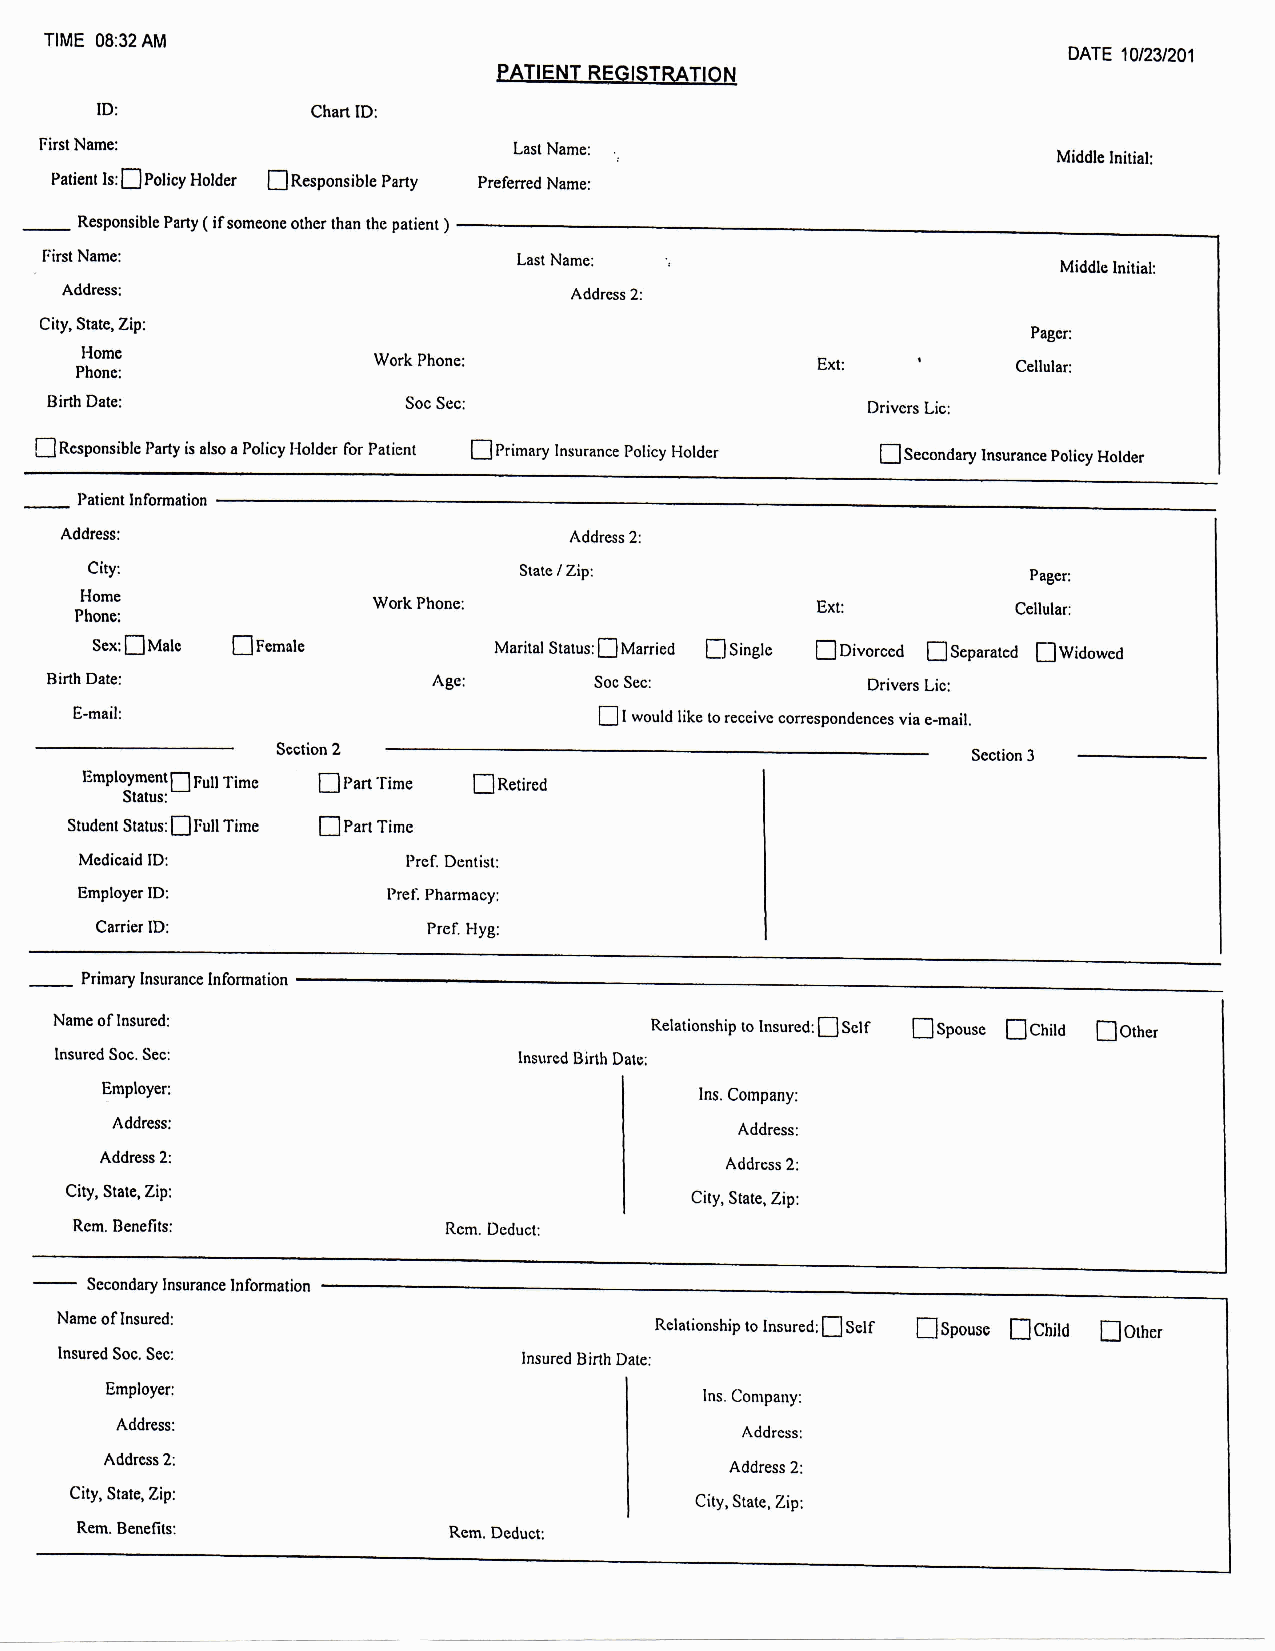
TIME O8:32 AM
 DATE lO/23I201
 里ATIENT REGiSTRATION
 ID:
 First Name:                   Last Name:
 Pa'ien- Is‥□poiicy Holder 口Responsible Party P.。fe能d Nam。,
 _ Respon§iblc Party ( ifsomeonc other lhan the patienl )
 FirsI Name:
 Middle Inilial:
 Address :
 Pager:
 ‘     cellular:
 Drivers Lic:
 口RcsponsibIc Party is also a Policy I」oldc「 for Palient ロPrimary Insu「ance Poli。y H。Id。. ロSecondary I腿urance Policy Holder
 C時
 Homc
 P hone:
 Scx;口Malc 口Female          Mar旭Sta‘us‥□Married 口Single 口Divorced 口Scparated口Wid。W。d
 櫨inh Da書c:                ^ge:     Soc Sec:          Drivers Lic:
 E-ma鉦
 □ I would like lo receive conespondences vi。 。_mail.
 恥1器甲u冊mc    口I)a農’「i肌c    □Re胴
 Student Status:口I羽1 Timc □ parl Timc
 Medicaid ID:         Pref Dcntisl:
 EmpIoyer ID:       Pref. Pharmacy:
 Carrier ID:          P「c旺Iyg:
 _ Primary Insurance lnfomation
 Name of lnsured:                       Relationship[o書nsured:□self 口Spousc □child 口Oth。,
 lnsured Soc. Scc:             lns\lred Birth Dale:
 Employer:
 ^ dd「e§S :
 Address 2:
 City, Stale. Zip:
 Rcm. Benef五§:
 - Sccondary lnsurance !nformalion
 Name ofInsured:
 RelationshiptoInsured;□self □spouse □child □olhc,
 1nsu「cd Soc. Sec:              Insu「ed Birth Datc:
 Bmp I oye「:                             Ins. Con-Pal、y‥
 Add「cs§ :                                ^ddrcss:
 ^ddre§S 2:
 Add「e§§ 2:
 City, S書ate, Zip:                        City, Statc, Zip:
 Rem. Benefits: